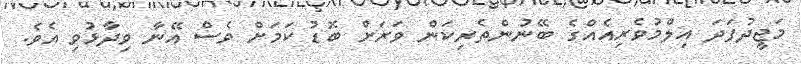
މަޖީދުފަދަ އިލްމުވެރިއެއްގެ ބޭނުންތެރިކަން ވަރަށް ބޮޑު ކަމަށް ވެސް އޭނާ ވިދާޅުވި އެވެ.